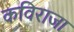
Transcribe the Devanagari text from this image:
कविराजा